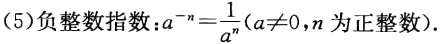
(5)负整数指数：\(a^{-n}=\frac{1}{a^{n}}(a\neq0,n为正整数)\)